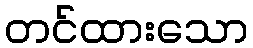
တင်ထားသော